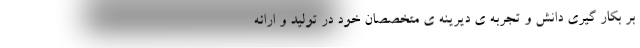
بر بکار گیری دانش و تجربه ی دیرینه ی متخصصان خود در تولید و ارائه